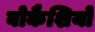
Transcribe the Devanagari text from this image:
बोकैशियो